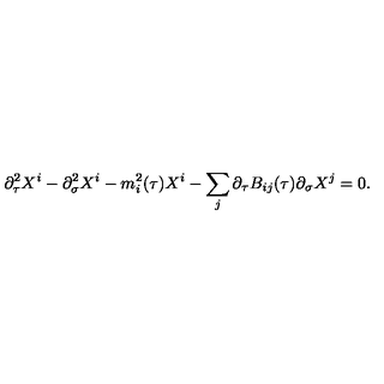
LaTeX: \partial _ { \tau } ^ { 2 } X ^ { i } - \partial _ { \sigma } ^ { 2 } X ^ { i } - m _ { i } ^ { 2 } ( \tau ) X ^ { i } - \sum _ { j } \partial _ { \tau } B _ { i j } ( \tau ) \partial _ { \sigma } X ^ { j } = 0 .